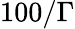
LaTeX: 100/\Gamma